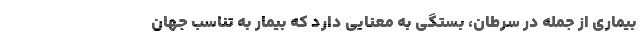
بیماری از جمله در سرطان، بستگی به معنایی دارد که بیمار به تناسب جهان